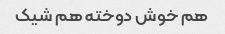
هم خوش دوخته هم شیک